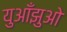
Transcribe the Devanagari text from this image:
युआँझुओ